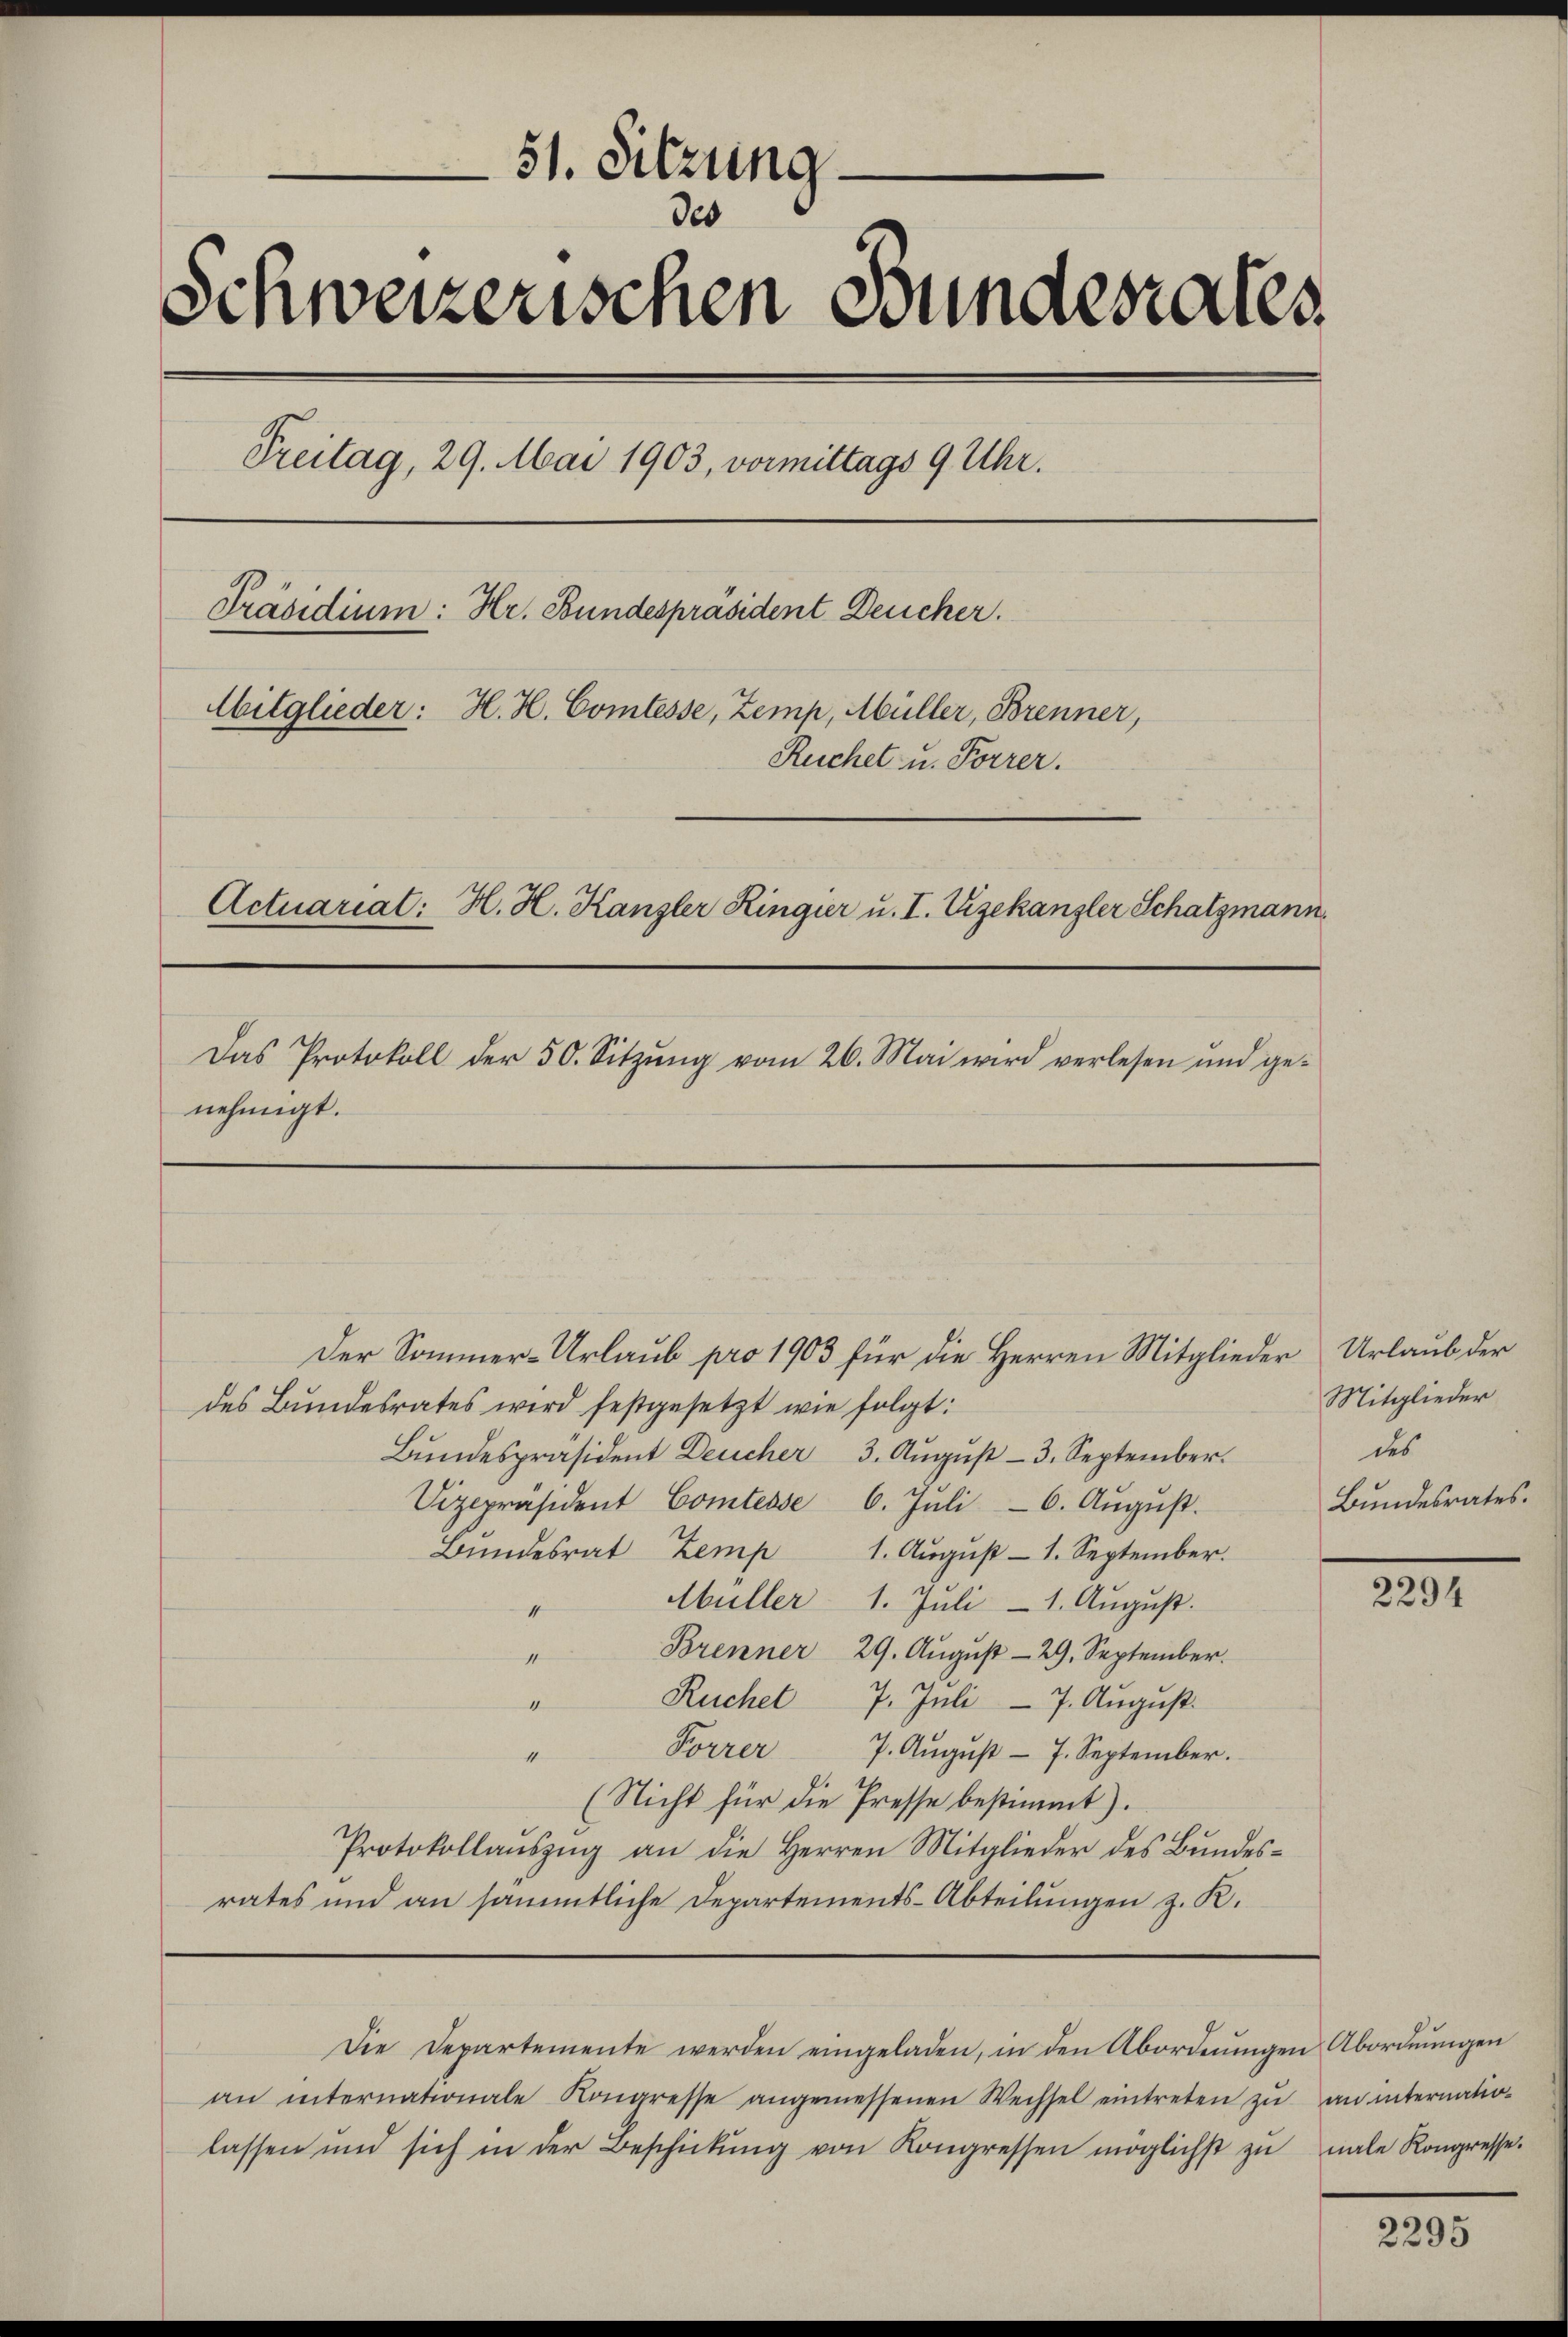
51. Sitzung.
des
Schweizerischen Bundesrates
Treitag, 29. Mai 1903, vormittags 9 Uhr.
Präsidium: Hr. Bundespräsident Deucher.
Mitglieder: H. H. Comtesse, Zemp, Müller, Brenner,
Ruchet u. Forrer.
Actuariat: H. H. Kanzler Ringier u. I. Zizekanzler Schatzmann
Das Protokoll der 50. Sitzŭng vom 26. Mai wird verlesen und ge-
nehmigt.

Der Sommer-Urlaub pro 1903 für die Herren Mitglieder Urlaub der
des Bundesrates wird festgesetzt wie folgt:
Bundespräsident Deucher 3. August - 3. September.
Vizepräsident Comtesse 6. Jŭli - 6. August.
Bŭndesrat Zemp 1. Aŭgŭst 1. September.
Müller 1. Juli - 1. August.
4
Brenner 29. Aŭgŭst - 29. September.
1
Ruchel 7. Juli - 7. August.
4
Forrer 7. Aŭgŭst - 7. September.
4
(Nicht für die Presse bestimmt).
Protokollaŭszŭg an die Herren Mitglieder des Bŭndes-
rates und an sämmtliche Departements-Abteilŭngen z. K.

an internationale Kongresse angemessenen Wechsel eintreten zŭ an internatio-
lassen und sich in der Beschickŭng von Kongressen möglichst zŭ nale Kongresse.

Die Departemente werden eingeladen, in den Abordnungen Abordnungen

Mitglieder
des
Bundesrates.

2294

2295